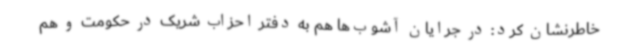
خاطرنشان کرد: در جرایان آشوب‌ها هم به دفتر احزاب شریک در حکومت و هم